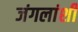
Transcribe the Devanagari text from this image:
जंगलांशी